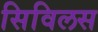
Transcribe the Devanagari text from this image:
सिविलस